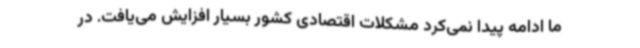
ما ادامه پیدا نمی‌کرد مشکلات اقتصادی کشور بسیار افزایش می‌یافت. در